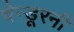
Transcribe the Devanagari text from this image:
चेन्डूरनी